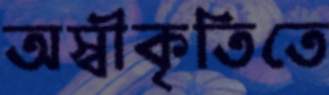
অস্বীকৃতিতে